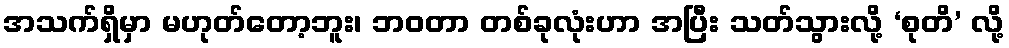
အသက်ရှိမှာ မဟုတ်တော့ဘူး၊ ဘဝတာ တစ်ခုလုံးဟာ အပြီး သတ်သွားလို့ ‘စုတိ’ လို့